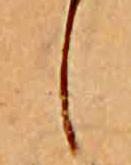
し